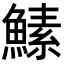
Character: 𬵡